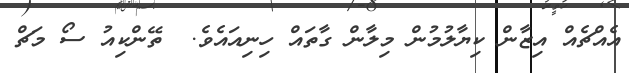
އެއްޗެއް އިޒާން ކިޔާލުމުން މިލާން ގާތައް ހިނިއައެވެ.  ތޭންކިއު ސޯ މަޗް